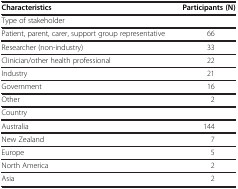
<table><thead><tr><td><b>Characteristics</b></td><td><b>Participants (N)</b></td></tr></thead><tbody><tr><td>Type of stakeholder</td><td> </td></tr><tr><td>Patient, parent, carer, support group representative</td><td>66</td></tr><tr><td>Researcher (non-industry)</td><td>33</td></tr><tr><td>Clinician/other health professional</td><td>22</td></tr><tr><td>Industry</td><td>21</td></tr><tr><td>Government</td><td>16</td></tr><tr><td>Other</td><td>2</td></tr><tr><td>Country</td><td> </td></tr><tr><td>Australia</td><td>144</td></tr><tr><td>New Zealand</td><td>7</td></tr><tr><td>Europe</td><td>5</td></tr><tr><td>North America</td><td>2</td></tr><tr><td>Asia</td><td>2</td></tr></tbody></table>